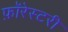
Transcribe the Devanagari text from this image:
फ़ॉरेस्टरी